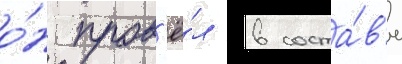
о́н пров'ё́л в соста́в'е